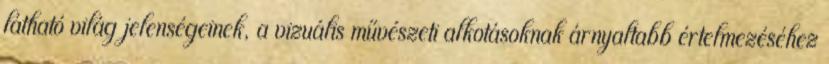
látható világ jelenségeinek, a vizuális művészeti alkotásoknak árnyaltabb értelmezéséhez